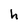
Character: h